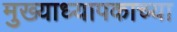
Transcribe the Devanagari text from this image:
मुख्याध्यापकाच्या